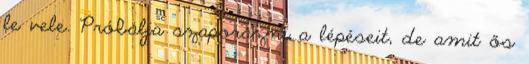
le vele. Próbálja szaporázni a lépéseit, de amit ős